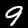
Digit: 9